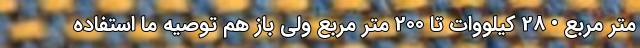
متر مربع • 28 کیلووات تا 200 متر مربع ولی باز هم توصیه ما استفاده